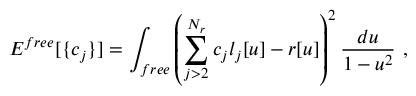
E ^ { f r e e } [ \{ c _ { j } \} ] = \int _ { f r e e } \left( \sum _ { j > 2 } ^ { N _ { r } } c _ { j } l _ { j } [ u ] - r [ u ] \right) ^ { 2 } \frac { d { u } } { 1 - u ^ { 2 } } \ ,